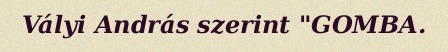
Vályi András szerint "GOMBA.